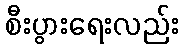
စီးပွားရေးလည်း